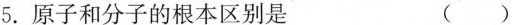
5.原子和分子的根本区别是 ()